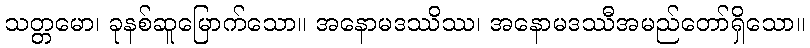
သတ္တမော၊ ခုနစ်ဆူမြောက်သော။ အနောမဒဿိဿ၊ အနောမဒဿီအမည်တော်ရှိသော။